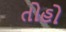
તોહો